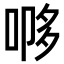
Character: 𭈨